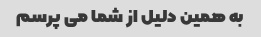
به همین دلیل از شما می پرسم